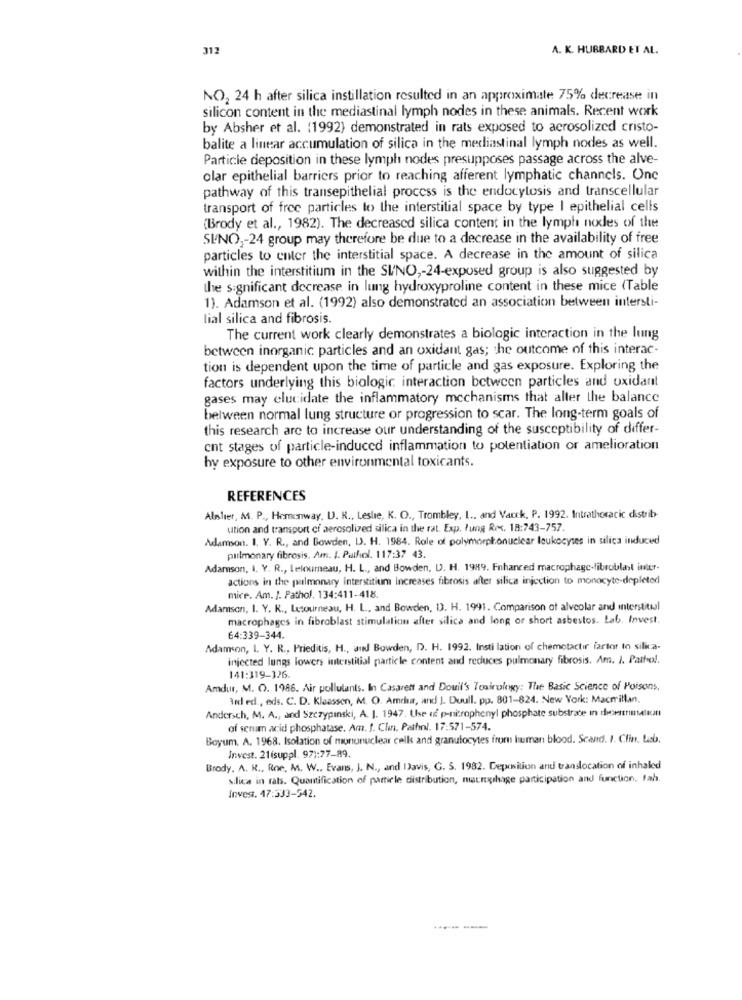
317
A. K. HUBBARD ET AL.
NO2 24 h after silica instillation resulted in an approximate 75% decrease in
silicon content in the mediastinal lymph nodes in these animals. Recent work
by Absher et al. (1992) demonstrated in rats exposed to aerosolized cristo-
balite a linear accumulation of silica in the mediastinal lymph nodes as well.
Particle deposition in these lymph nodes presupposes passage across the alve-
olar epithelial barriers prior to reaching afferent lymphatic channels. Onc
pathway of this transepithelial process is the endocytosis and transcellular
transport of free particles to the interstitial space by type I epithelial cells
(Brody et al ., 1982). The decreased silica content in the lymph nodes of the
SINO ,- 24 group may therefore be due to a decrease in the availability of free
particles to enter the interstitial space. A decrease in the amount of silica
within the interstitium in the SI/NO ,- 24-exposed group is also suggested by
the significant decrease in lung hydroxyproline content in these mice (Table
1). Adamson et al. (1992) also demonstrated an association between intersti-
lial silica and fibrosis.
The current work clearly demonstrates a biologic interaction in the lung
between inorganic particles and an oxidant gas; the outcome of this interac-
tion is dependent upon the time of particle and gas exposure. Exploring the
factors underlying this biologic interaction between particles and oxidant
gases may elucidate the inflammatory mechanisms that alter the balance
belween normal lung structure or progression to scar. The long-term goals of
this research arc to increase our understanding of the susceptibility of differ-
cnt stages of particle-induced inflammation to potentiation or amelioration
by exposure to other environmental toxicants.
REFERENCES
Alslier, A. P ., Hemenway, U. R ., Leslie, K. O ., Trombley, I ., and Vauck, P. 1992. Intrathoracic distrib-
ution and transport of aerosolized silica in the rat. Exp. lung Roxx. 18:743-757.
Adamson. I. Y. R ., and Bowden, IJ. H. 1984. Role of polymorphonuclear leukocyses in silica induced
pulmonary fibrosis. Am. I. Pathol. 117:37 43.
Adamson, I. Y. R ., leloumeau, H. L ., and Bowden, D. H. 1989. Enhanced macrophage-fibroblast initr-
actions in the pulmonary Interstitium Increases fibrosis after silica injection to monocyte-depleted
mice. Am. J. Pathol. 134:411-418
Adamson, I. Y. R ., Letourneau, H. L ., and Bowden, D. H. 1991. Comparison of alveolar and interstitial
macrophages in fibroblast stimulation after silica and long or short asbestos. Lab. Invest.
64:339-344.
Adamson, L. Y. R ., Prieditis, H ., and Bowden, D. H. 1992. Insti lation of chemotactic factor to silica-
injected lungs lowers interstitial particle content and reduces pulmonary fibrosis. Am. I. Pathol.
141:319-326.
Amdur, M. O. 1986. Air pollutants. In Casarett and Douil's Toxirulogy: The Basic Science of Poisons,
Rød ed ., eds. C. D. Klaassen, M. O. Amdur, and J. Duull. pp. 801-824. New York: Macmillan,
Andersch, M. A ., and Szczypinski, A. J. 1947. Use of p-nitrophenyl phosphate substrate in desertrimalıun
of senam acid phosphatase. Am. f. Chr. Pathnl. 17.571-574.
Boyum. A. 1968. Isolation of mononuclear cells and granulocytes from human blood. Scand. I. Cfin. Lasb.
Invest. 21 (suppl. 97):77-89.
Brody. A. R ., Roe, M. W .. Evans, J. N ., and Davis, G. S. 1982. Deposition and translocation of inhaled
silica in rats. Quantification of particle distribution, macrophage participation and function. fah.
Invest. 47:333-542.